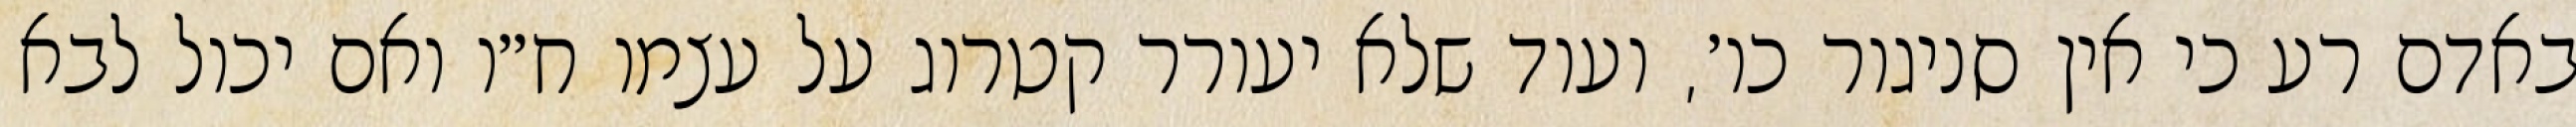
באדם רע כי אין סניגור כו׳, ועוד שלא יעורר קטרוג על עצמו ח״ו ואם יכול לבא